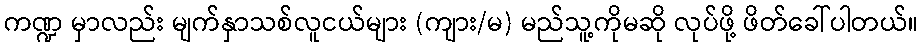
ကဏ္ဍ မှာလည်း မျက်နှာသစ်လူငယ်များ (ကျား/မ) မည်သူ့ကိုမဆို လုပ်ဖို့ ဖိတ်ခေါ်ပါတယ်။